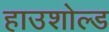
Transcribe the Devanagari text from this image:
हाउशोल्ड